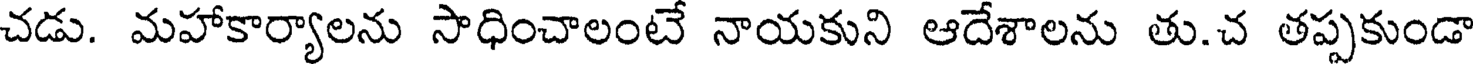
చడు. మహాకార్యాలను సాధించాలంటే నాయకుని ఆదేశాలను తు.చ తప్పకుండా